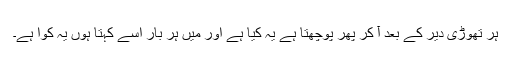
ہر تھوڑی دیر کے بعد آ کر پھر پوچھتا ہے یہ کیا ہے اور میں ہر بار اُسے کہتا ہوں یہ کوّا ہے۔